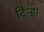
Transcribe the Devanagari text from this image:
दिन्हा